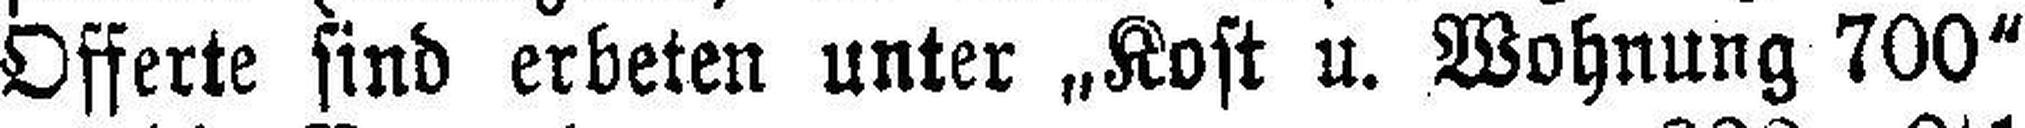
Offerte sind erbeten unter „Kost u. Wohnung 700“